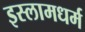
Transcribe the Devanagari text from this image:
इस्लामधर्म